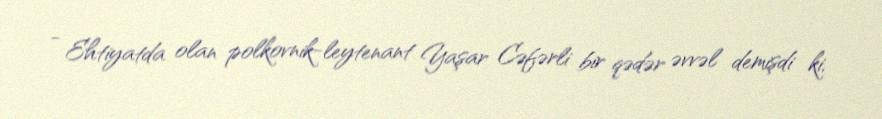
- Ehtiyatda olan polkovnik-leytenant Yaşar Cəfərli bir qədər əvvəl demişdi ki,